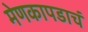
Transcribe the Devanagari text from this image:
मेणकापडाचं